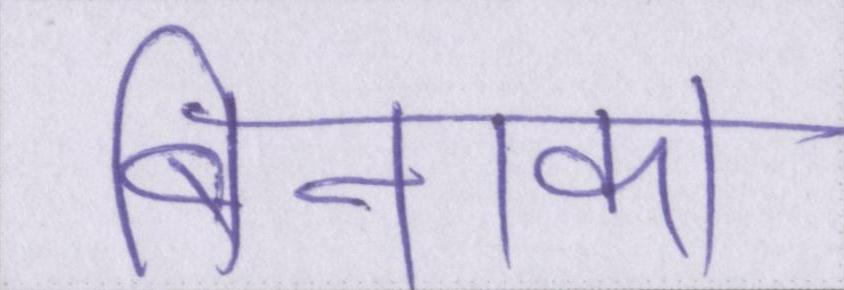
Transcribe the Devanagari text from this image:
बिनाका